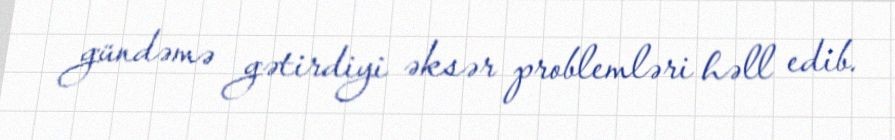
gündəmə gətirdiyi əksər problemləri həll edib.